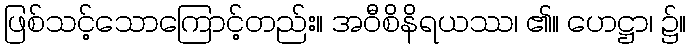
ဖြစ်သင့်သောကြောင့်တည်း။ အဝီစိနိရယဿ၊ ၏။ ဟေဋ္ဌာ၊ ၌။